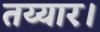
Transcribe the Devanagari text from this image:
तय्यार।